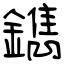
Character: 鐫